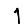
Digit: 1